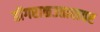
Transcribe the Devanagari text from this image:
डोंगराळउतारावर